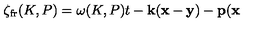
\zeta _ { \mathrm { f r } } ( K , P ) = \omega ( K , P ) t - { \bf k } ( { \bf x } - { \bf y } ) - { \bf p } ( { \bf x }